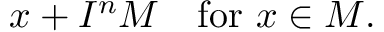
x + I ^ { n } M \quad { \mathrm { f o r ~ } } x \in M .